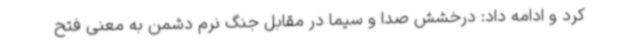
کرد و ادامه داد: درخشش صدا و سیما در مقابل جنگ نرم دشمن به معنی فتح